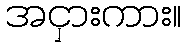
အငှားကား။